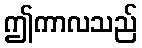
ဤကာလသည်